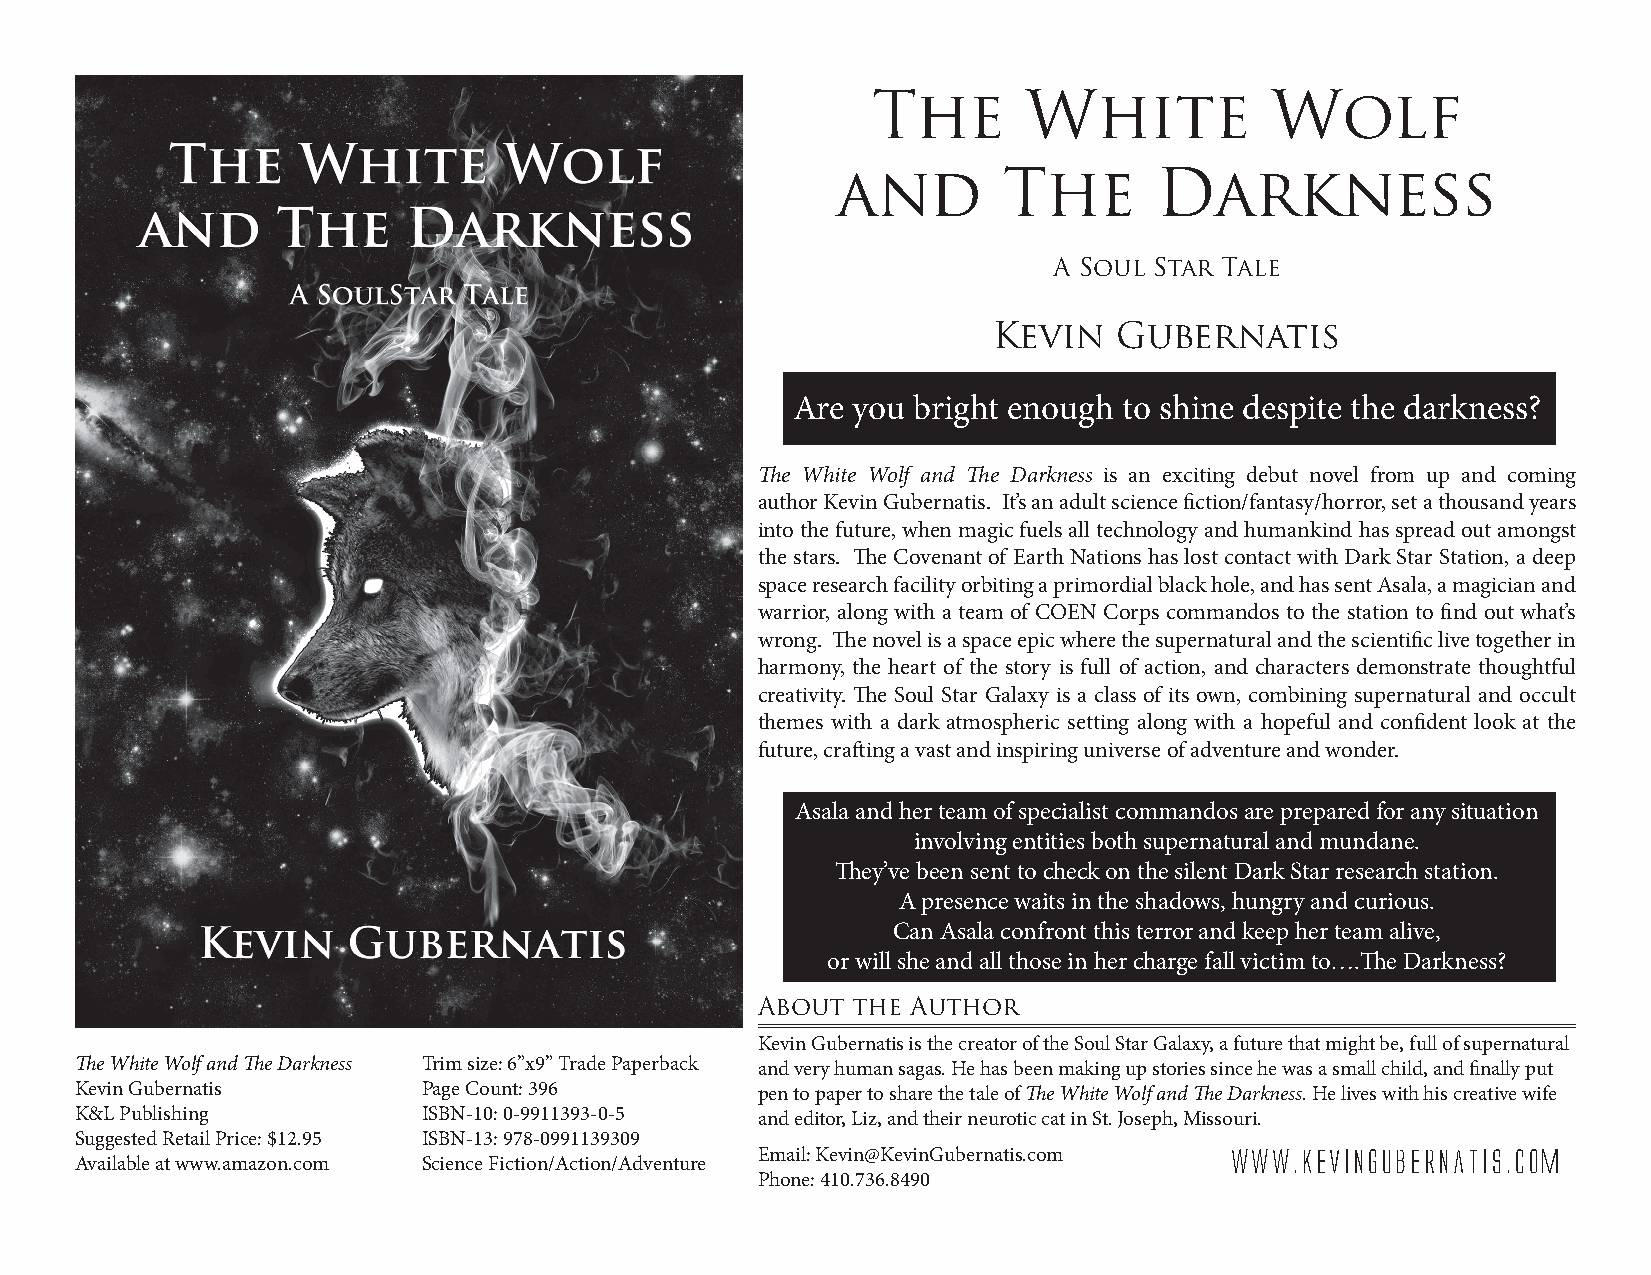
The       White           Wolf
 and        The       Darkness
 A Soul Star Tale
 Kevin   Gubernatis
 Are you bright enough to shine despite the darkness?
 The White Wolf and The Darkness is an exciting debut novel from up and coming
 author Kevin Gubernatis. It’s an adult science fiction/fantasy/horror, set a thousand years
 into the future, when magic fuels all technology and humankind has spread out amongst
 the stars. The Covenant of Earth Nations has lost contact with Dark Star Station, a deep
 space research facility orbiting a primordial black hole, and has sent Asala, a magician and
 warrior, along with a team of COEN Corps commandos to the station to find out what’s
 wrong. The novel is a space epic where the supernatural and the scientific live together in
 harmony, the heart of the story is full of action, and characters demonstrate thoughtful
 creativity. The Soul Star Galaxy is a class of its own, combining supernatural and occult
 themes with a dark atmospheric setting along with a hopeful and confident look at the
 future, crafting a vast and inspiring universe of adventure and wonder.
 Asala and her team of specialist commandos are prepared for any situation
 involving entities both supernatural and mundane.
 They’ve been sent to check on the silent Dark Star research station.
 A presence waits in the shadows, hungry and curious.
 Can Asala confront this terror and keep her team alive,
 or will she and all those in her charge fall victim to….The Darkness?
 About the Author
 Kevin Gubernatis is the creator of the Soul Star Galaxy, a future that might be, full of supernatural
 The White Wolf and The Darkness Trim size: 6”x9” Trade Paperback and very human sagas. He has been making up stories since he was a small child, and finally put
 Kevin Gubernatis       Page Count: 396       pen to paper to share the tale of The White Wolf and The Darkness. He lives with his creative wife
 K&L Publishing         ISBN-10: 0-9911393-0-5 and editor, Liz, and their neurotic cat in St. Joseph, Missouri.
 Suggested Retail Price: $12.95 ISBN-13: 978-0991139309
 Email: Kevin@KevinGubernatis.com www.KevinGubernatis.com
 Available at www.amazon.com Science Fiction/Action/Adventure
 Phone: 410.736.8490